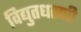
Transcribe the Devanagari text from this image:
विद्युतधरणी